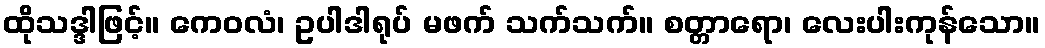
ထိုသဒ္ဒါဖြင့်။ ကေဝလံ၊ ဥပါဒါရုပ် မဖက် သက်သက်။ စတ္တာရော၊ လေးပါးကုန်သော။